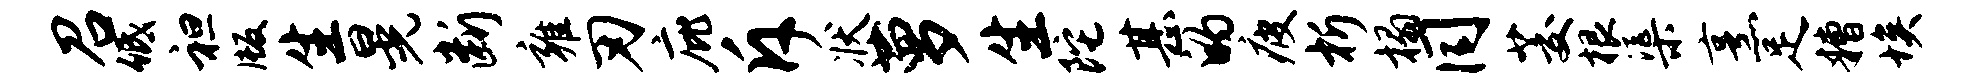
召低袒版生晃断雍刃庇斥状萝生陀甚的疲析榻同茭根渠烹足糟埃